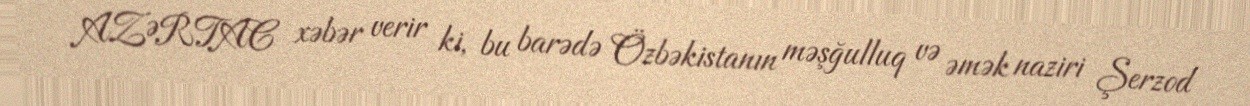
AZƏRTAC xəbər verir ki, bu barədə Özbəkistanın məşğulluq və əmək naziri Şerzod